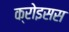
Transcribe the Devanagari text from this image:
क्रोइसस